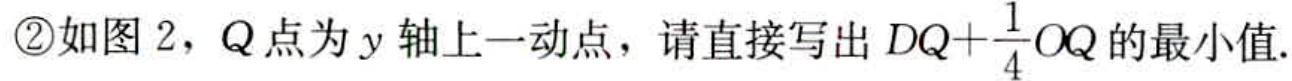
\textcircled{2}如图 2，Q 点为 y 轴上一动点，请直接写出 \(DQ + \frac{1}{4}OQ\) 的最小值.